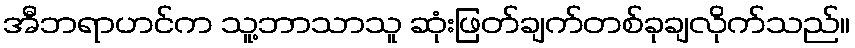
အီဘရာဟင်က သူ့ဘာသာသူ ဆုံးဖြတ်ချက်တစ်ခုချလိုက်သည်။